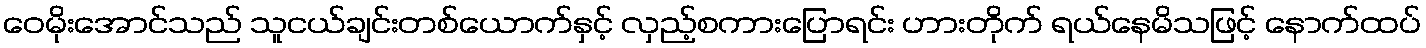
ဝေမိုးအောင်သည် သူငယ်ချင်းတစ်ယောက်နှင့် လှည့်စကားပြောရင်း ဟားတိုက် ရယ်နေမိသဖြင့် နောက်ထပ်